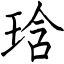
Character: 琀